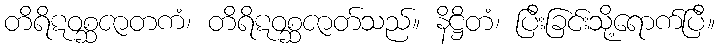
တိရိဋဝစ္ဆဇာတကံ၊ တိရိဋဝစ္ဆဇာတ်သည်။ နိဋ္ဌိတံ၊ ပြီးခြင်းသို့ရောက်ပြီ။